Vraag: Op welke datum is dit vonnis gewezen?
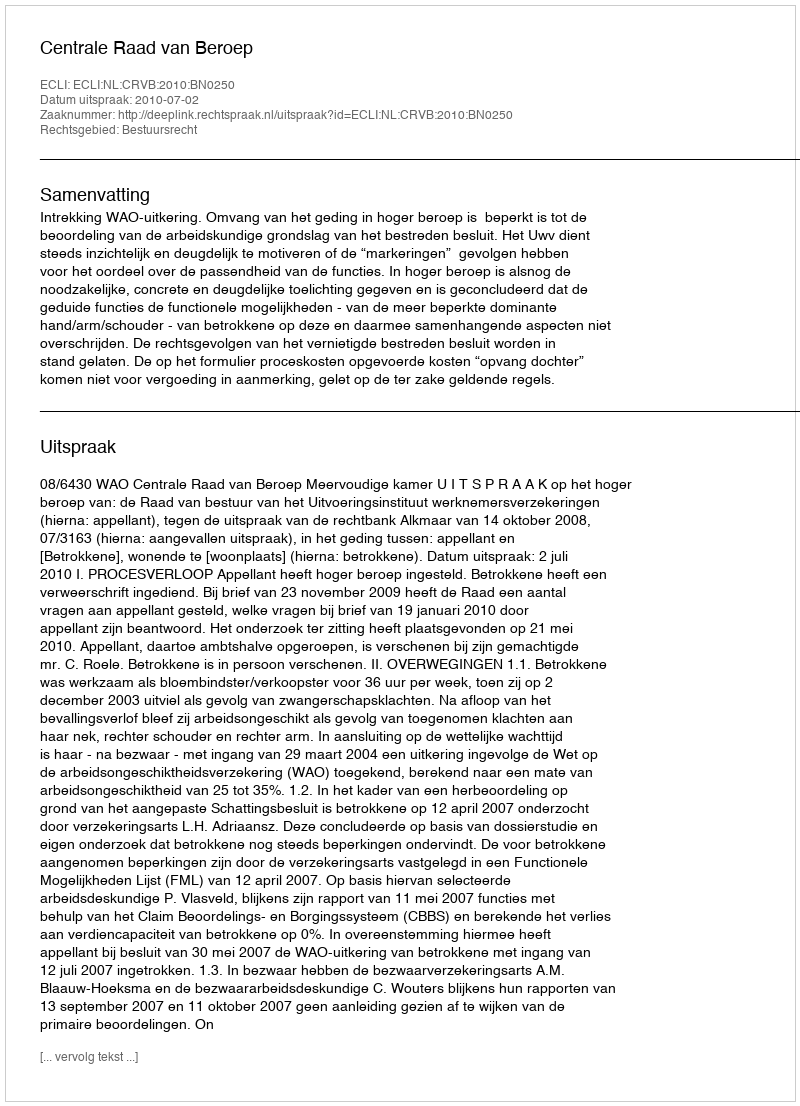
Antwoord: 2010-07-02